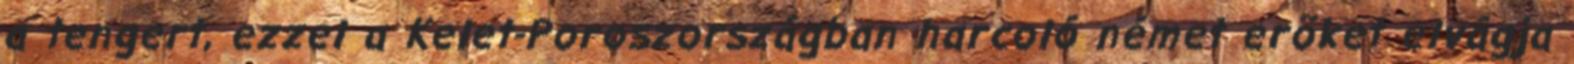
a tengert, ezzel a Kelet-Poroszországban harcoló német erõket elvágja